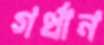
গর্ধান